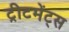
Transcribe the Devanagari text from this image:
ट्रीटमेंट्स